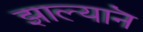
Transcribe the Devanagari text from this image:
झाल्यानॆ